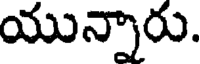
యున్నారు.